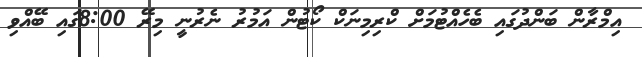
އިމްރާން ބަންދުގައި ބެހެއްޓުމަށް ކްރިމިނަކް ކޯޓުން އަމުރު ނެރުނީ މިރޭ 8:00ގައި ބޭއްވި